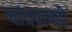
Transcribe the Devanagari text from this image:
चांदबावडी